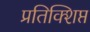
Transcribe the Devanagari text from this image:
प्रतिक्शिप्त